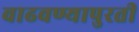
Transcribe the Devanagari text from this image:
वाढवण्यापुरती